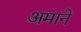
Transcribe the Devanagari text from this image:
अमाने